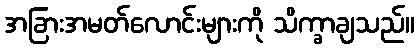
အခြားအမတ်လောင်းများကို သိက္ခာချသည်။